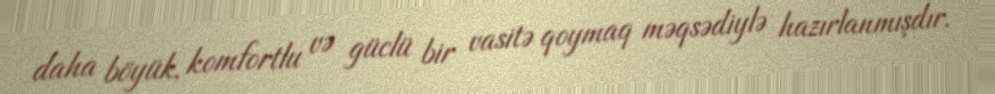
daha böyük, komfortlu və güclü bir vasitə qoymaq məqsədiylə hazırlanmışdır.